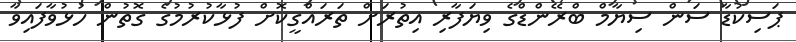
ޕަސިކުޑާ ސަން ސިޔާމް ބްރޭންޑްގެ ވިޔަފާރި އިތުރަށް ތަރައްގީކޮށް ފުޅާކުރުމުގެ ގޮތުން ހުޅުވާފައިވާ